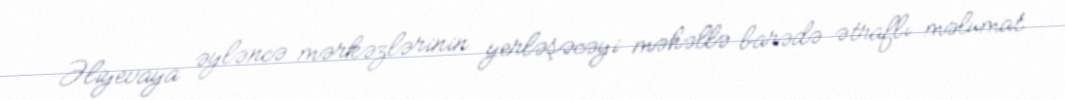
Əliyevaya əyləncə mərkəzlərinin yerləşəcəyi məhəllə barədə ətraflı məlumat